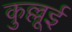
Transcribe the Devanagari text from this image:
कुल्लूई